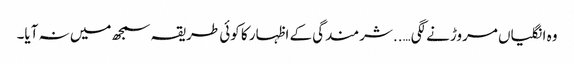
وہ انگلیاں مروڑنے لگی…..شرمندگی کے اظہار کا کوئی طریقہ سمجھ میں نہ آیا۔